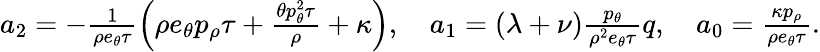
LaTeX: \begin{array}{r}{a_{2}=-\frac{1}{\rho e_{\theta}\tau}\left(\rho e_{\theta}p_{\rho}\tau+\frac{\theta p_{\theta}^{2}\tau}{\rho}+\kappa\right),\quad a_{1}=(\lambda+\nu)\frac{p_{\theta}}{\rho^{2}e_{\theta}\tau}q,\quad a_{0}=\frac{\kappa p_{\rho}}{\rho e_{\theta}\tau}.}\end{array}